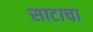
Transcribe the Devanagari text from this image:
साटाचा